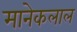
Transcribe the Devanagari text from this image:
मानेकलाल